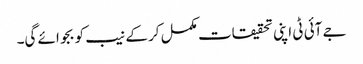
جے آئی ٹی اپنی تحقیقات مکمل کر کے نیب کو بجوائے گی۔